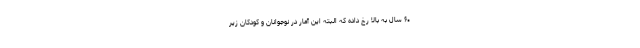
۶۰ سال به بالا رخ داده که البته این آمار در نوجوانان و کودکان زیر